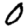
Digit: 0